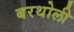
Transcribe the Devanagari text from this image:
बरथोली